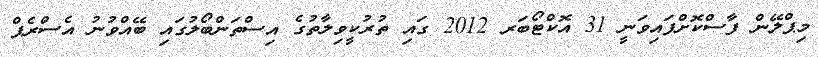
މިޕްލޭން ފާސްކޮށްފައިވަނީ 31 އޮކްޓޯބަރ 2012 ގައި ތުރުކީވިލާތުގެ އިސްތަންބޯލުގައި ބޭއްވުނު އެސްރެޕް